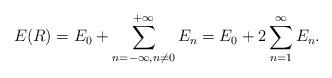
LaTeX: \begin{align*}E(R)=E_0+\sum_{n=-\infty,n\not=0}^{+\infty}E_n=E_0+2\sum_{n=1}^\infty E_n.\end{align*}